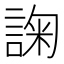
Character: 諊